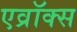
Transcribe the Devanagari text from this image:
एव्रॉक्स